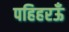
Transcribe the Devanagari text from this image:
पहिहरऊँ